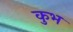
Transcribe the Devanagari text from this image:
कुभ